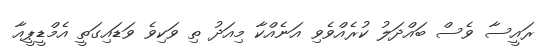
ރައީސާ ވެސް ބައްދަލު ކުރެއްވެވި އަނެއްކާ މިއަދު ތި ވަކިވެ ވަޑައިގަތީ އެމްޑީޕީއާ